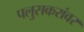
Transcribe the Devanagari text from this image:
पलुसकरांवर